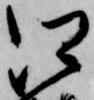
江